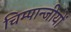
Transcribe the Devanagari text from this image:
चिम्पान्जीयों